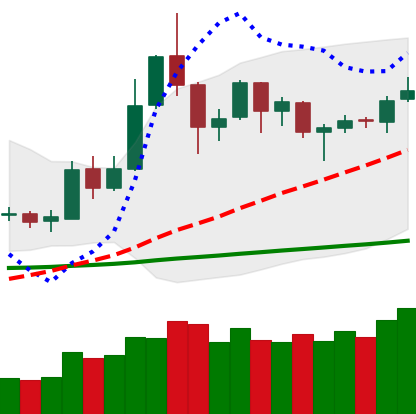
Ticker: DOGE-USD
Chart end date: 2019-05-27
Forward return: 8.851%
Label: up_7plus